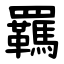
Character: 羈